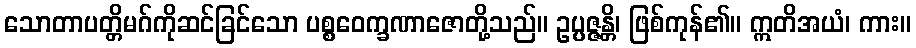
သောတာပတ္တိမဂ်ကိုဆင်ခြင်သော ပစ္စဝေက္ခဏာဇောတို့သည်။ ဥပ္ပဇ္ဇန္တိ၊ ဖြစ်ကုန်၏။ ဣတိအယံ၊ ကား။